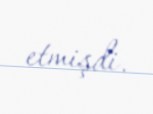
etmişdi.